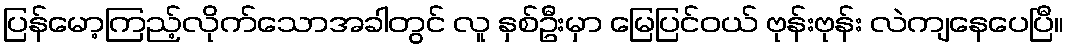
ပြန်မော့ကြည့်လိုက်သောအခါတွင် လူ နှစ်ဦးမှာ မြေပြင်ဝယ် ဗုန်းဗုန်း လဲကျနေပေပြီ။